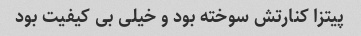
پیتزا کنارتش سوخته بود و خیلی بی کیفیت بود